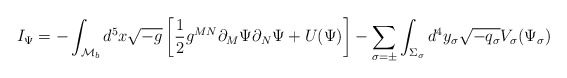
\begin{align*}I_{\Psi} = -\int_{{\cal M}_b} d^5x\sqrt{-g} \left[\frac{1}{2}g^{MN}\partial_M\Psi\partial_N\Psi +U(\Psi)\right] - \sum_{\sigma=\pm}\int_{\Sigma_{\sigma}}d^4y_{\sigma} \sqrt{-q_{\sigma}}V_{\sigma}(\Psi_{\sigma})\end{align*}